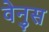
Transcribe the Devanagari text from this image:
वेनुस